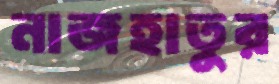
নাজহাতুর